Senior Leaving Certificate Examination (including Day School Certificate (Higher) General paper), 1947
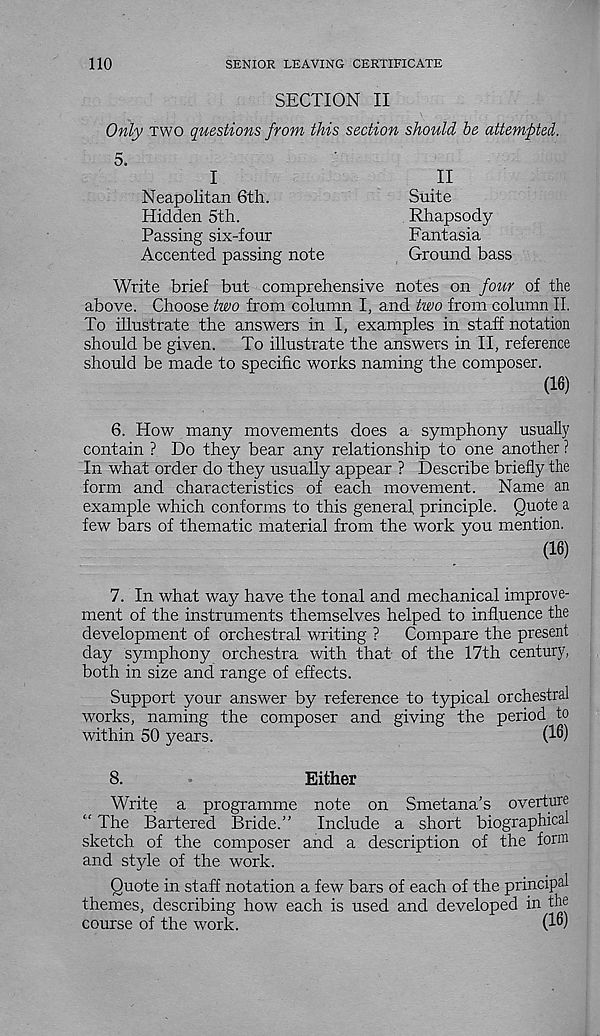
110
SENIOR LEAVING CERTIFICATE
SECTION II
Only two questions from this section should be attempted.
5.
I
Neapolitan 6th.
Hidden 5th.
Passing six-four
Accented passing note
II
Suite
Rhapsody
Fantasia
Ground bass
Write brief but comprehensive notes on four of the
above. Choose two from column I, and two from column II.
To illustrate the answers in I, examples in staff notation
should be given.
To illustrate the answers in II, reference
should be made to specific works naming the composer.
(16)
6. How many movements does a symphony usually
contain ? Do they bear any relationship to one another ?
In what order do they usually appear ? Describe briefly the
form and characteristics of each movement. Name an
example which conforms to this general principle. Quote a
few bars of thematic material from the work you mention.
(16)
7. In what way have the tonal and mechanical improve-
ment of the instruments themselves helped to influence the
development of orchestral writing ?
Compare the present
day symphony orchestra with that of the 17th century,
both in size and range of effects.
Support your answer by reference to typical orchestral
works, naming the composer and giving the period to
within 50 years.
(1^)
8.
Either
Write a programme note on Smetana’s overture
" The Bartered Bride.”
Include a short biographical
sketch of the composer and a description of the form
and style of the work.
Quote in staff notation a few bars of each of the principal
themes, describing how each is used and developed in the
course of the work.
(1°)